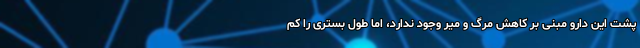
پشت این دارو مبنی بر کاهش مرگ و میر وجود ندارد، اما طول بستری را کم